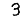
Digit: 3